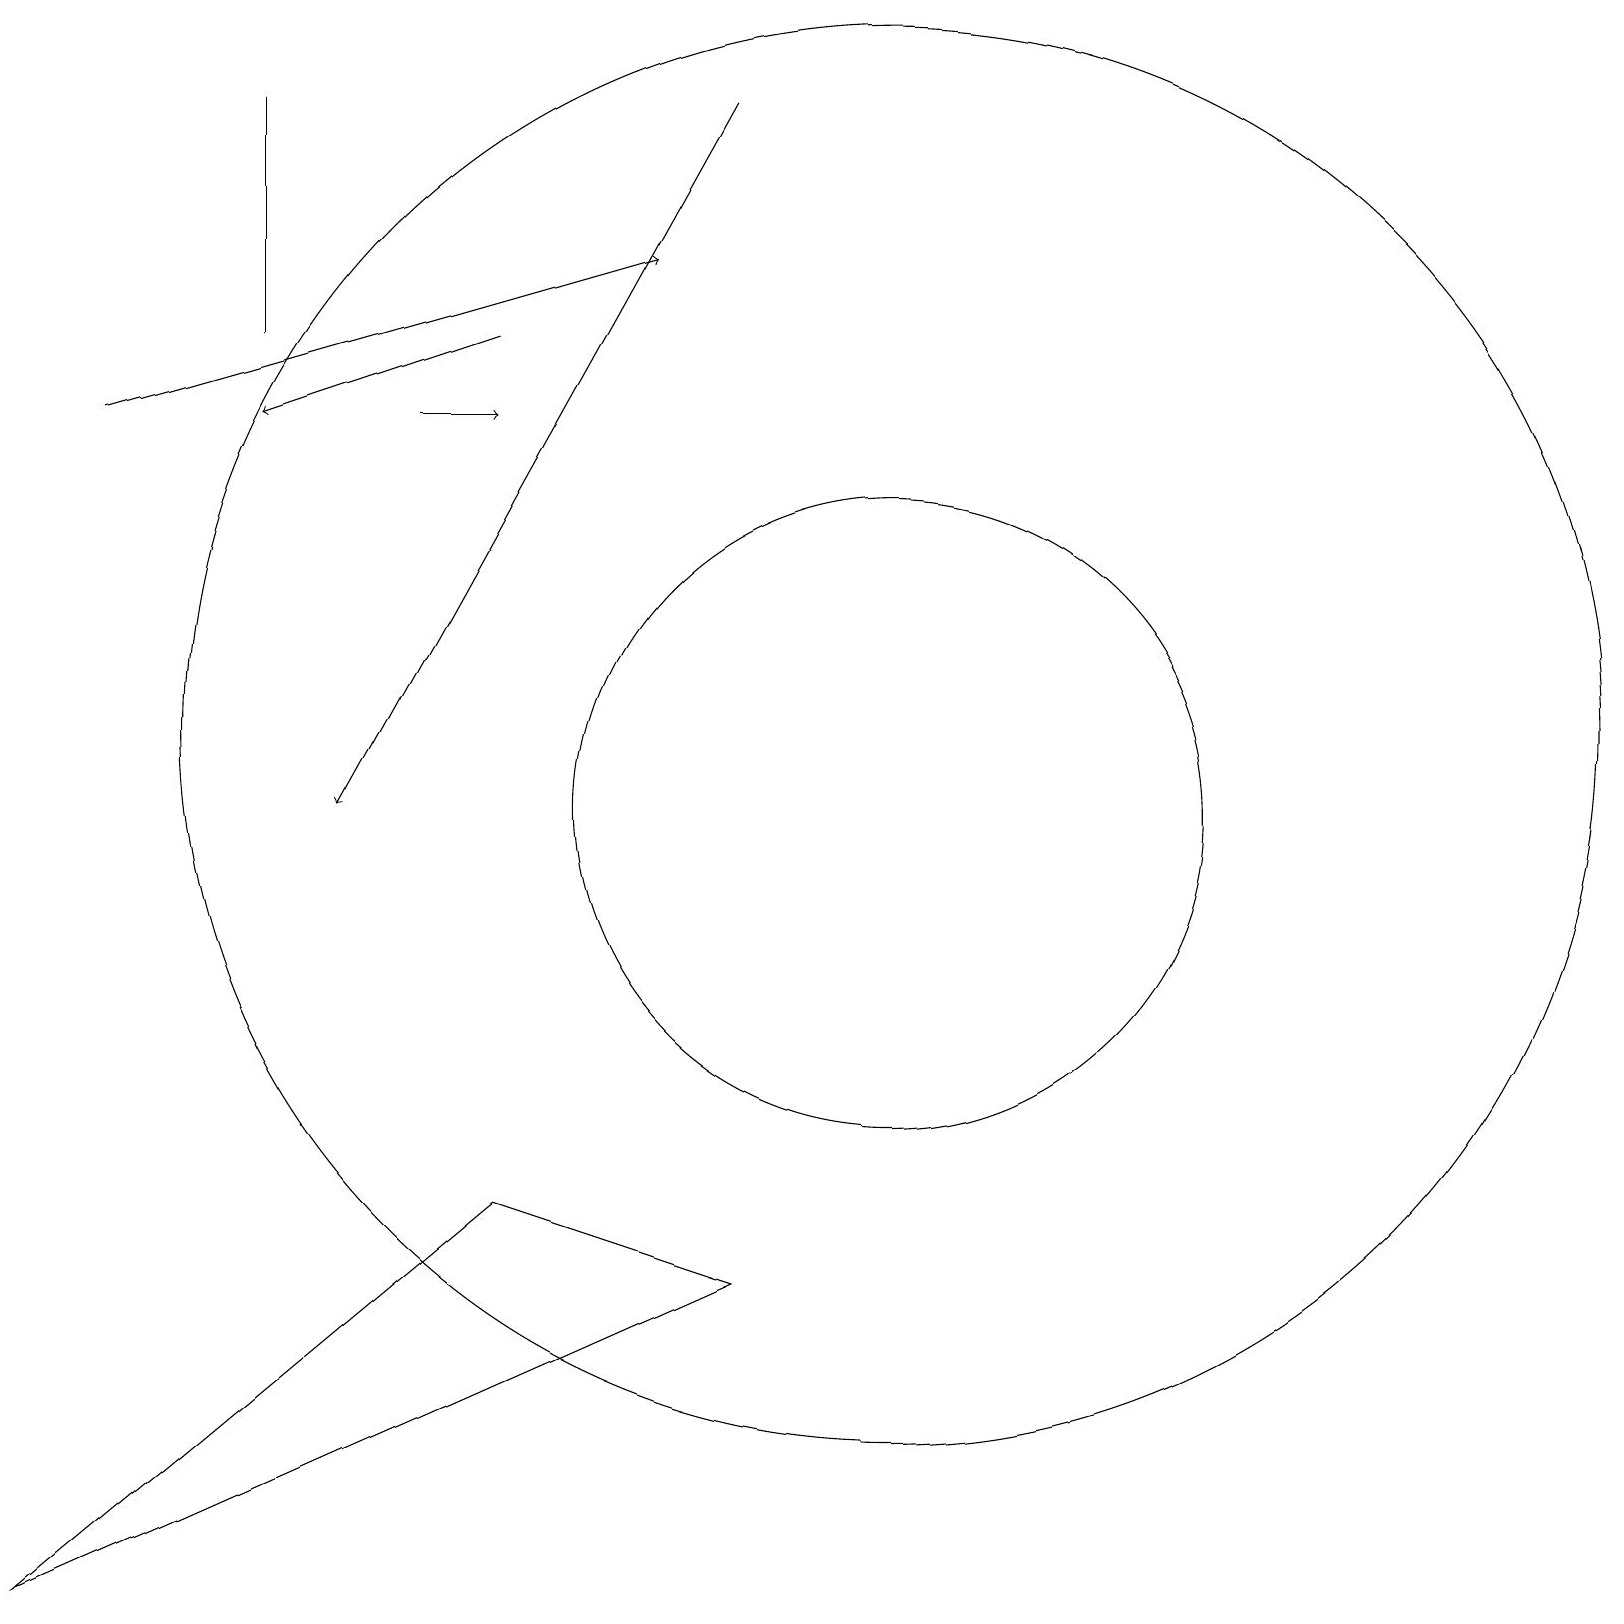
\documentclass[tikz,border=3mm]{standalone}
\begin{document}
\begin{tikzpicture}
\draw (3,19) rectangle (3,16);
\draw (11,11) circle (9);
\draw[->] (5,15) -- (6,15);
\draw[->] (9,19) -- (4,10);
\draw[->] (6,16) -- (3,15);
\draw (6,5) -- (0,0) -- (9,4) -- cycle;
\draw[->] (1,15) -- (8,17);
\draw (11,10) circle (4);
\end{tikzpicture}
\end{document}